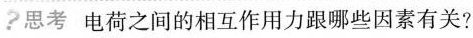
?思考电荷之间的相互作用力跟哪些因素有关?